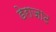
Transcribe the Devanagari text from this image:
डेराजाट